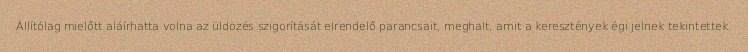
Állítólag mielőtt aláírhatta volna az üldözés szigorítását elrendelő parancsait, meghalt, amit a keresztények égi jelnek tekintettek.